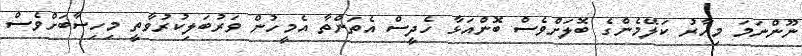
ނޫންނަމަ މިހާރު ކަލޭމެންގެ ބޮލަށްވެސް ބޮންއަޅާ ހެދީސް އެތަންތާ އެމީހުން ވަރުބަލިކުރުވާތީ މިހިސާބަށްވެސް